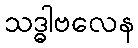
သဒ္ဓါဗလေန